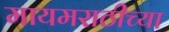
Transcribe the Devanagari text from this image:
मायमराठीच्या